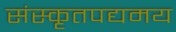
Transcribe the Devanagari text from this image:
संस्कृतपद्यमय